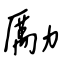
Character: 勵